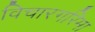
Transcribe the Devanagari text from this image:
विचारगरिमा